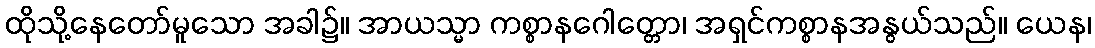
ထိုသို့နေတော်မူသော အခါ၌။ အာယသ္မာ ကစ္စာနဂေါတ္တော၊ အရှင်ကစ္စာနအနွယ်သည်။ ယေန၊